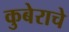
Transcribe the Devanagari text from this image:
कुबेराचे